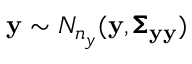
\mathbf { y } \sim N _ { n _ { y } } ( \mathbf { y } , \pmb { \Sigma } _ { \mathbf { y } \mathbf { y } } )